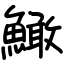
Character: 䲎